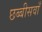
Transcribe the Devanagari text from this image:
छब्बीसवाँ